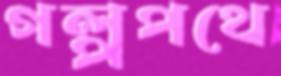
গল্পপথে